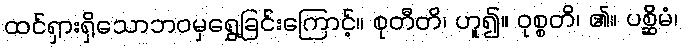
ထင်ရှားရှိသောဘဝမှရွှေ့ခြင်းကြောင့်။ စုတီတိ၊ ဟူ၍။ ဝုစ္စတိ၊ ၏။ ပစ္ဆိမံ၊